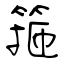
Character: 箍